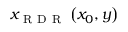
x _ { \mathrm { ~ R ~ D ~ R ~ } } \left( x _ { 0 } , y \right)